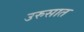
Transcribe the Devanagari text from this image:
उरुसात